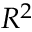
R ^ { 2 }